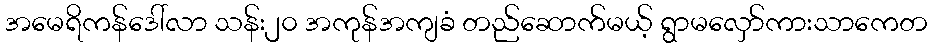
အမေရိကန်ဒေါ်လာ သန်း၂၀ အကုန်အကျခံ တည်ဆောက်မယ့် ရွာမလှော်ကားသာကေတ